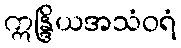
ဣန္ဒြိယအသံဝရံ